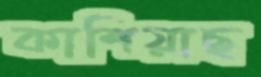
কাশিয়াছ